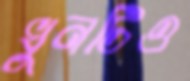
খুনটিও